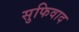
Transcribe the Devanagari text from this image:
सुफिवाद